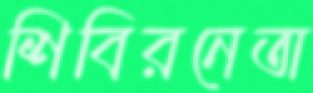
শিবিরনেতা